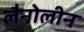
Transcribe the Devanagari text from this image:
लैनोलीन